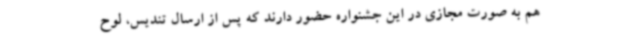
هم به صورت مجازی در این جشنواره حضور دارند که پس از ارسال تندیس، لوح